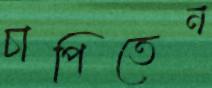
চাপিতেন